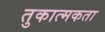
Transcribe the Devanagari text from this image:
तुकात्मकता